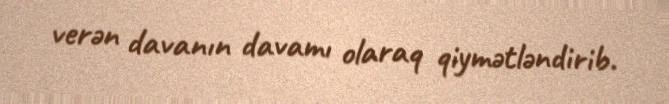
verən davanın davamı olaraq qiymətləndirib.